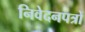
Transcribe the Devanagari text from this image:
निवेदनपत्रों